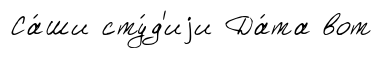
Са́ши сту́д'иjи Да́та вот